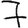
Digit: 7